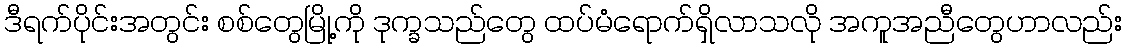
ဒီရက်ပိုင်းအတွင်း စစ်တွေမြို့ကို ဒုက္ခသည်တွေ ထပ်မံရောက်ရှိလာသလို အကူအညီတွေဟာလည်း